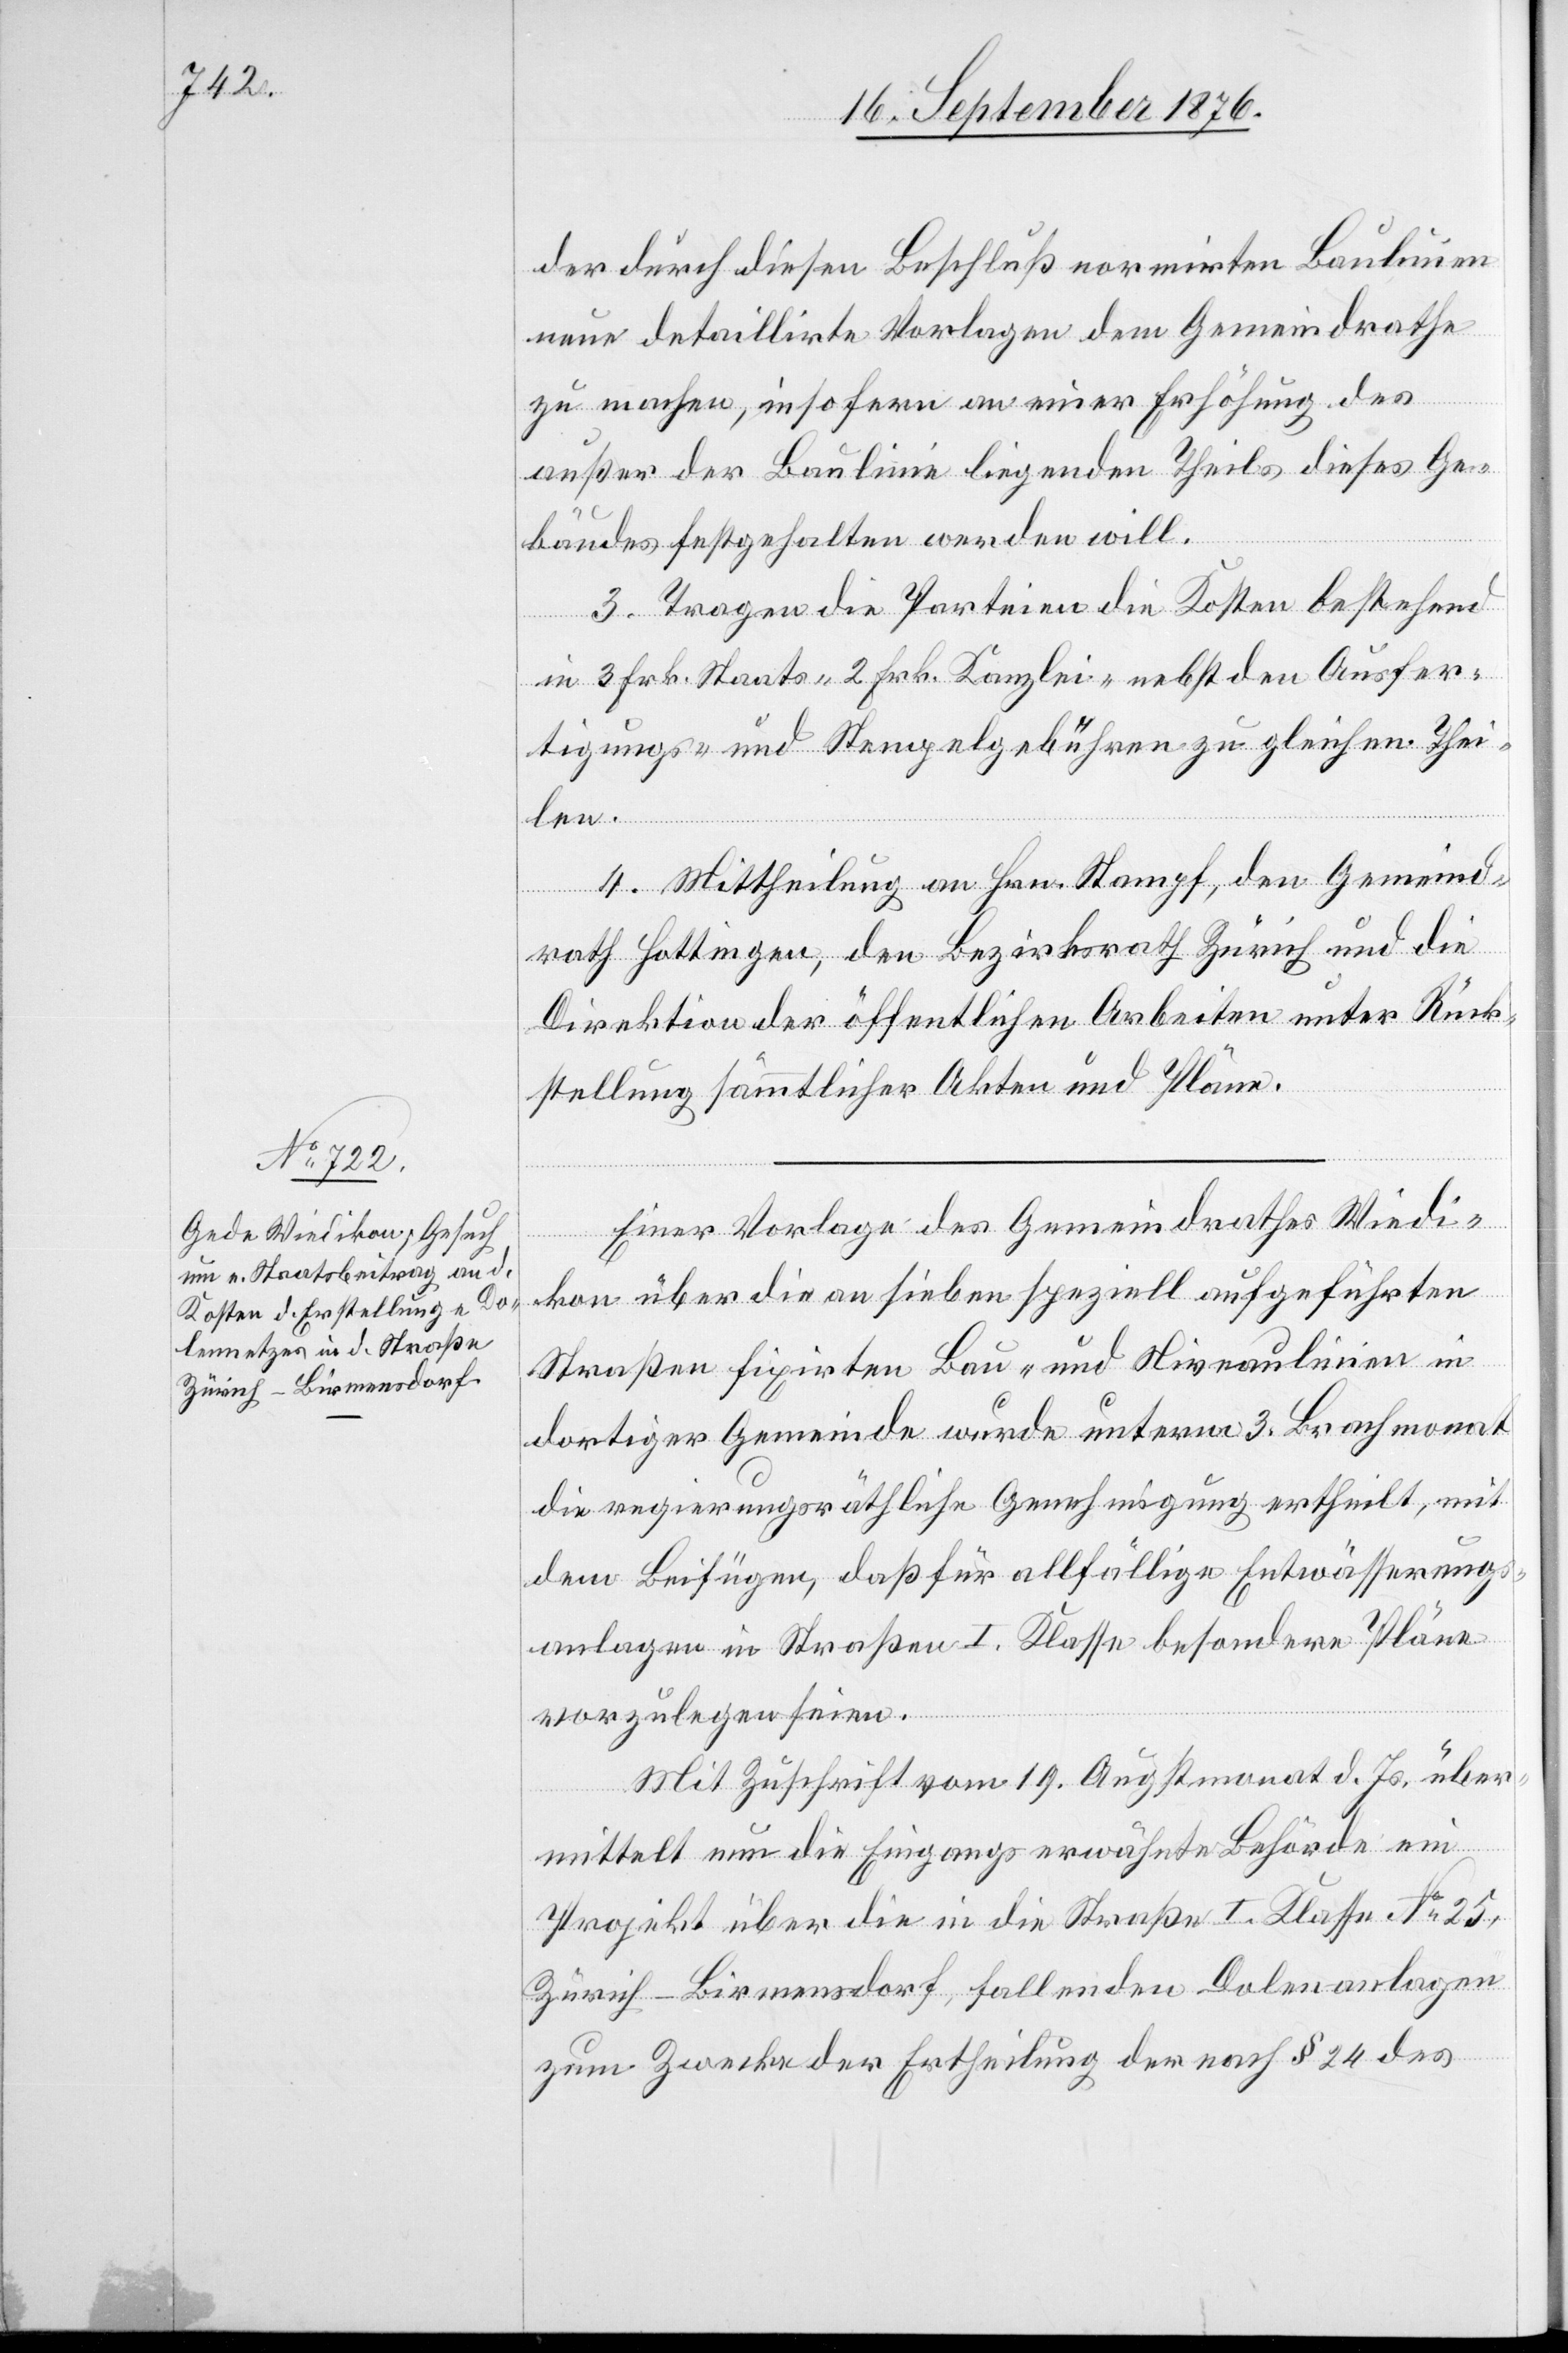
der durch diesen Beschluß normirten Baulinien
neue detaillirte Vorlagen dem Gemeindrathe
zu machen, insofern an einer Erhöhung des
außer der Baulinie liegenden Theils dieses Ge¬
bäudes festgehalten werden will.
3. Tragen die Parteien die Kosten bestehend
in 3 Frk. Staats- 2 Frk. Kanzlei- nebst den Ausfer¬
tigungs- und Stempelgebühren zu gleichen Thei¬
len.
4. Mittheilung an Hrn. Stampf, den Gemeind¬
rath Hottingen, den Bezirksrath Zürich und die
Direktion der öffentlichen Arbeiten unter Rück¬
stellung sämmtlicher Akten und Pläne.
Einer Vorlage des Gemeindrathes Wiedi¬
kon über die an sieben speziell aufgeführten
Straßen fixirten Bau- und Niveaulinien in
dortiger Gemeinde wurde unterm 3. Brachmonat
die regierungsräthliche Genehmigung ertheilt, mit
dem Beifügen, daß für allfällige Entwässerungs¬
anlagen in Straßen I. Klasse besondere Pläne
vorzulegen seien.
Mit Zuschrift vom 19. Augstmonat d. Js. über¬
mittelt nun die Eingangs erwähnte Behörde ein
Projekt über die in die Straße I. Klasse No 25,
Zürich–Birmensdorf, fallenden Dolenanlagen
zum Zwecke der Ertheilung der nach § 24 des